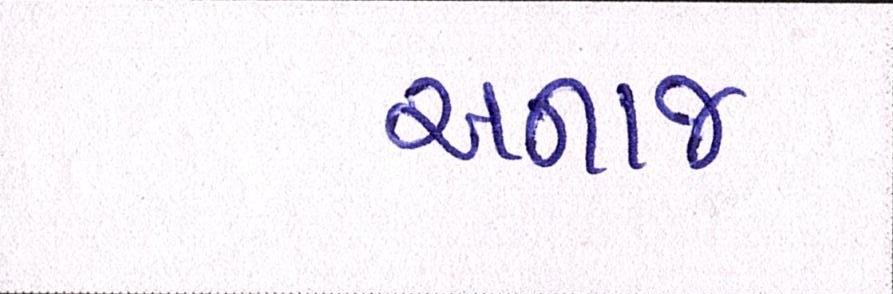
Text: અનાજ